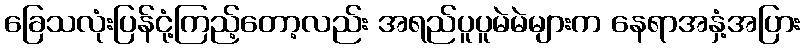
ခြေသလုံးပြန်ငုံ့ကြည့်တော့လည်း အရည်ပူပူမဲမဲများက နေရာအနှံ့အပြား